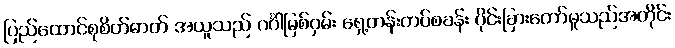
ပြည်ထောင်စုစိတ်ဓာတ် အယူသည် ဂင်္ဂါမြစ်ဝှမ်း ရှေ့တန်းတပ်စခန်း ပိုင်းခြားတော်မူသည်အတိုင်း